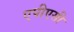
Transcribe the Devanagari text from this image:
एपीएसी